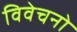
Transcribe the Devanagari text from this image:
विवेचनो